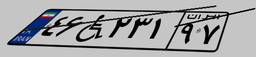
۴۶W۲۳۱۹۷